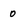
Character: 0